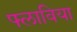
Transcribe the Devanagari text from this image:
फ्लाविया